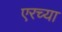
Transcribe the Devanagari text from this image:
एरच्या